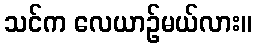
သင်က လေယာဉ်မယ်လား။